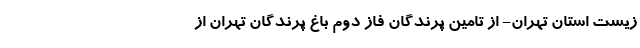
زیست استان تهران- از تامین ‌پرندگان فاز دوم باغ ‌پرندگان تهران از